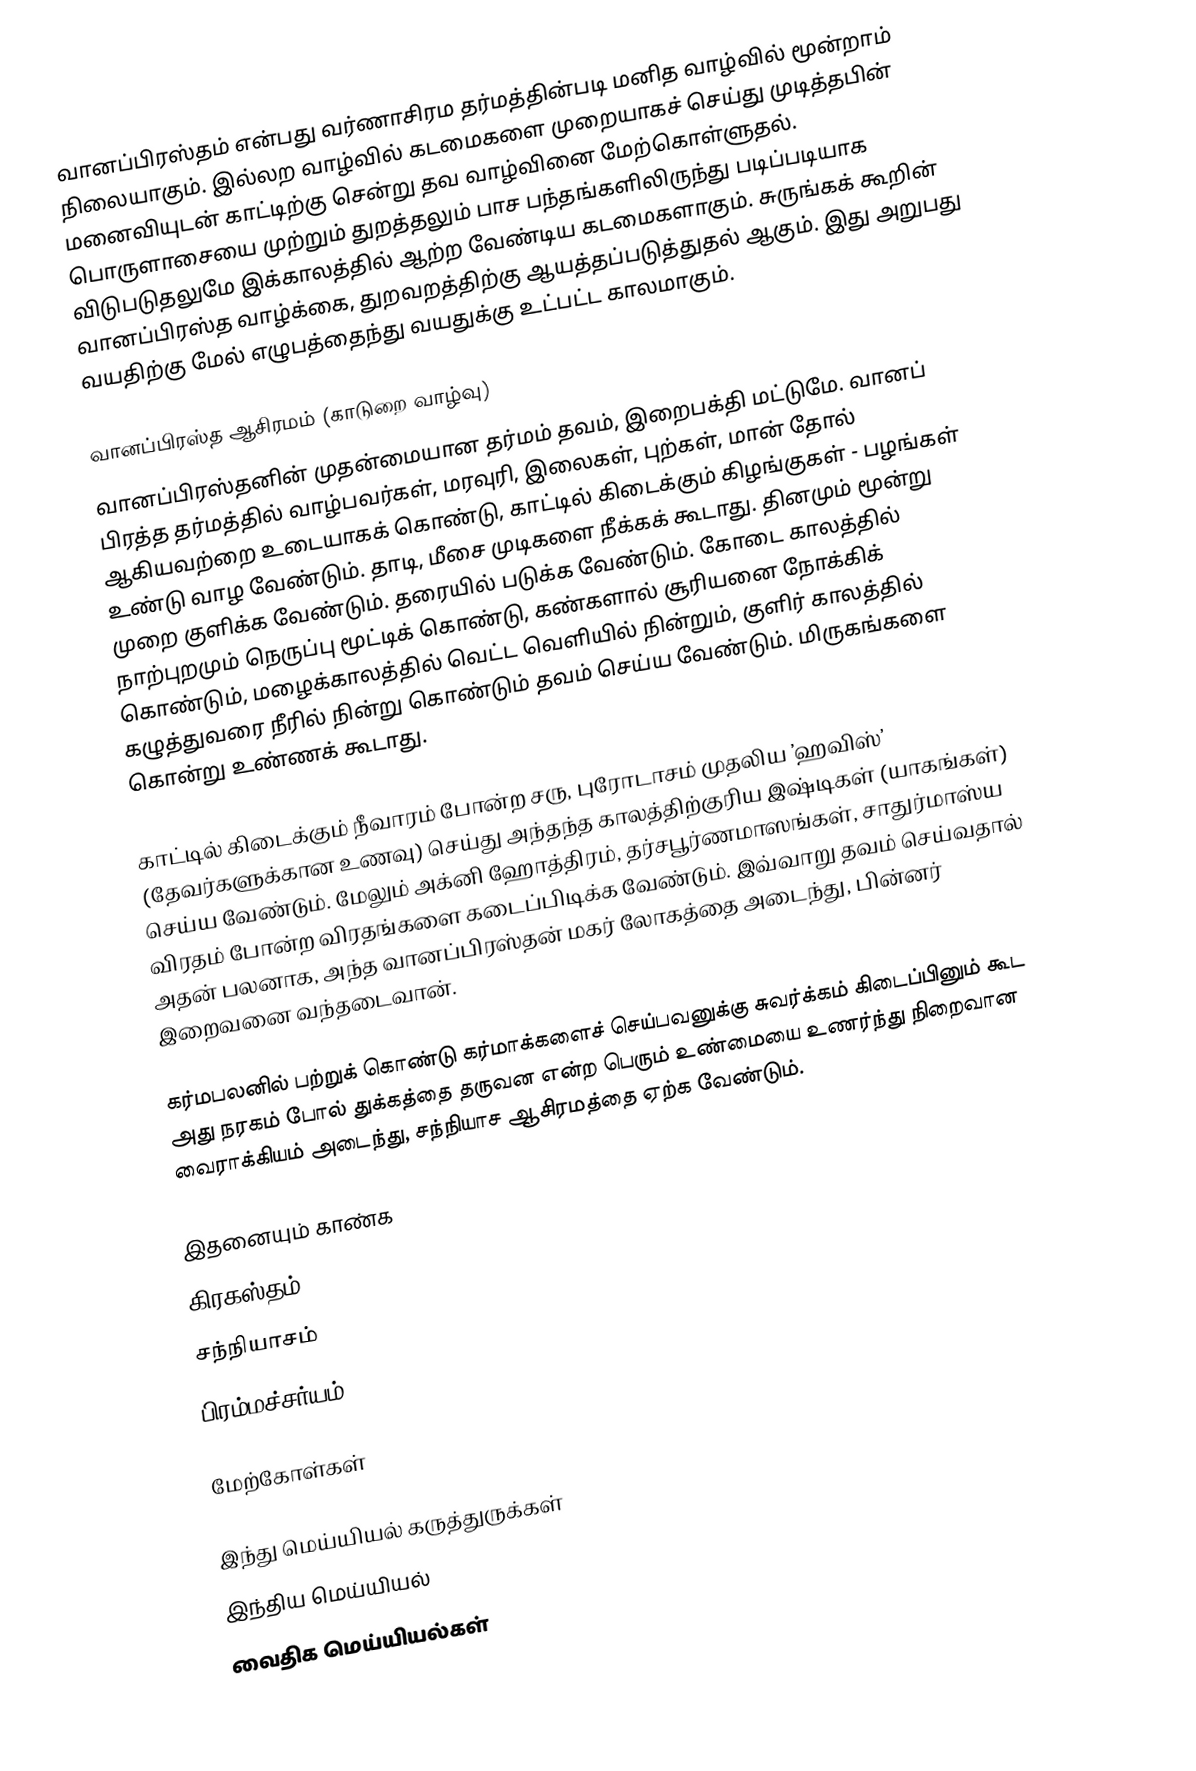
வானப்பிரஸ்தம் என்பது வர்ணாசிரம தர்மத்தின்படி மனித வாழ்வில் மூன்றாம் நிலையாகும். இல்லற வாழ்வில் கடமைகளை முறையாகச் செய்து முடித்தபின் மனைவியுடன் காட்டிற்கு சென்று தவ வாழ்வினை மேற்கொள்ளுதல். பொருளாசையை முற்றும் துறத்தலும் பாச பந்தங்களிலிருந்து படிப்படியாக விடுபடுதலுமே இக்காலத்தில் ஆற்ற வேண்டிய கடமைகளாகும். சுருங்கக் கூறின் வானப்பிரஸ்த வாழ்க்கை, துறவறத்திற்கு ஆயத்தப்படுத்துதல் ஆகும். இது அறுபது வயதிற்கு மேல் எழுபத்தைந்து வயதுக்கு உட்பட்ட காலமாகும்.

வானப்பிரஸ்த ஆசிரமம் (காடுறை வாழ்வு)
வானப்பிரஸ்தனின் முதன்மையான தர்மம் தவம், இறைபக்தி மட்டுமே. வானப் பிரத்த தர்மத்தில் வாழ்பவர்கள், மரவுரி, இலைகள், புற்கள், மான் தோல் ஆகியவற்றை உடையாகக் கொண்டு, காட்டில் கிடைக்கும் கிழங்குகள் - பழங்கள் உண்டு வாழ வேண்டும். தாடி, மீசை முடிகளை நீக்கக் கூடாது. தினமும் மூன்று முறை குளிக்க வேண்டும். தரையில் படுக்க வேண்டும். கோடை காலத்தில் நாற்புறமும் நெருப்பு மூட்டிக் கொண்டு, கண்களால் சூரியனை நோக்கிக் கொண்டும், மழைக்காலத்தில் வெட்ட வெளியில் நின்றும், குளிர் காலத்தில் கழுத்துவரை நீரில் நின்று கொண்டும் தவம் செய்ய வேண்டும். மிருகங்களை கொன்று உண்ணக் கூடாது.

காட்டில் கிடைக்கும் நீவாரம் போன்ற சரு, புரோடாசம் முதலிய ’ஹவிஸ்’ (தேவர்களுக்கான உணவு) செய்து அந்தந்த காலத்திற்குரிய இஷ்டிகள் (யாகங்கள்) செய்ய வேண்டும். மேலும் அக்னி ஹோத்திரம், தர்சபூர்ணமாஸங்கள், சாதுர்மாஸ்ய விரதம் போன்ற விரதங்களை கடைப்பிடிக்க வேண்டும். இவ்வாறு தவம் செய்வதால் அதன் பலனாக, அந்த வானப்பிரஸ்தன் மகர் லோகத்தை அடைந்து, பின்னர் இறைவனை வந்தடைவான்.

கர்மபலனில் பற்றுக் கொண்டு கர்மாக்களைச் செய்பவனுக்கு சுவர்க்கம் கிடைப்பினும் கூட அது நரகம் போல் துக்கத்தை தருவன என்ற பெரும் உண்மையை உணர்ந்து நிறைவான வைராக்கியம் அடைந்து, சந்நியாச ஆசிரமத்தை ஏற்க வேண்டும்.

இதனையும் காண்க
 கிரகஸ்தம்
 சந்நியாசம்
 பிரம்மச்சர்யம்

மேற்கோள்கள்

இந்து மெய்யியல் கருத்துருக்கள்
இந்திய மெய்யியல்
வைதிக மெய்யியல்கள்